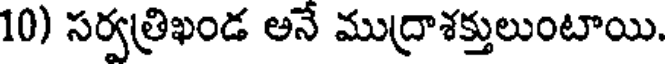
10) సర్వత్రిఖండ అనే ముద్రాశక్తులుంటాయి.